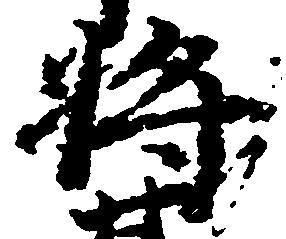
将